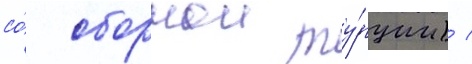
со́ сборнои ту́рции) /